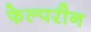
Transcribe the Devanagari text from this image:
फेल्परीन